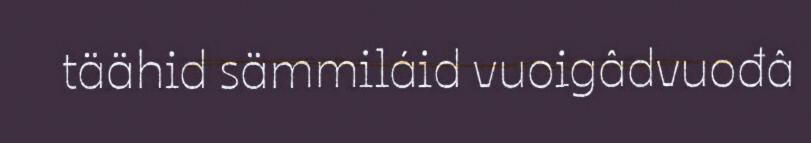
täähid sämmiláid vuoigâdvuođâ